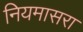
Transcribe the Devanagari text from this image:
नियमासरा